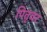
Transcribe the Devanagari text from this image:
पितृवर